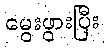
မွေးဖွားပြီး